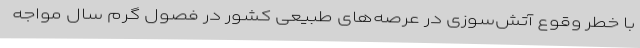
با خطر وقوع آتش‌سوزی در عرصه‌های طبیعی کشور در فصول گرم سال مواجه